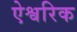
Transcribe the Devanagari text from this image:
ऐश्वरिक